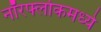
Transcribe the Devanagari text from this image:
नॉरर्फ्लोकमध्ये